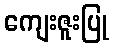
ကျေးဇူးပြု